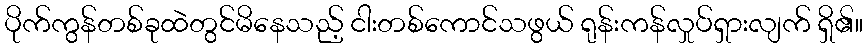
ပိုက်ကွန်တစ်ခုထဲတွင်မိနေသည့် ငါးတစ်ကောင်သဖွယ် ရုန်းကန်လှုပ်ရှားလျက် ရှိ၏။